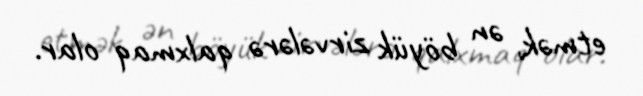
etmək, ən böyük zirvələrə qalxmaq olar.